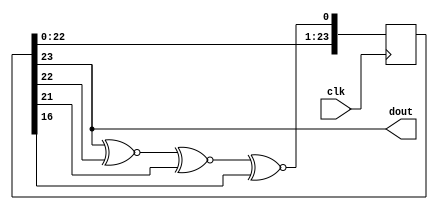
module lfsr_24 (input clk, output dout);
  reg [24:1] state = 24'b0;
  always @(posedge clk)
    state <= { state[24-1:1], state[24] ~^ state[23] ~^ state[22] ~^ state[17] };
  assign dout = state[24];
endmodule